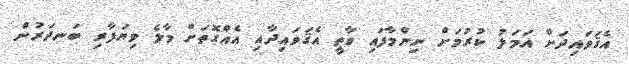
އެޤަވައިދަށް އަމަލު ކުރުމަށް ނިންމާފައި ވާތީ އެޤަވައިދާއި އެއްގޮތަށް މާލެ ވިޔަފާރި ބަނދަރުން